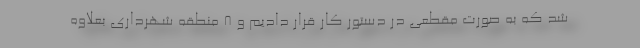
شد که به صورت مقطعی در دستور کار قرار دادیم و 8 منطقه شهرداری بعلاوه